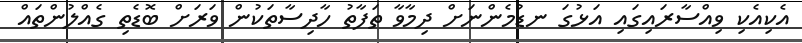
އެކިއެކި ވިއްސާރައިގައި އަޅުގަ ނޑުމެންނަށް ދިމާވާ ތަފާތު ހާދިސާތަކުން ވަރަށް ބޮޑެތި ގެއްލުންތައް